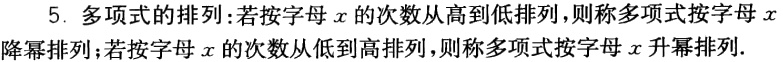
5. 多项式的排列：若按字母\(x\)的次数从高到低排列，则称多项式按字母\(x\)降幂排列；若按字母\(x\)的次数从低到高排列，则称多项式按字母\(x\)升幂排列.